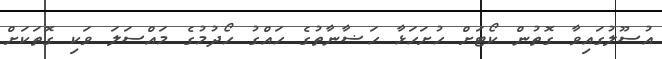
އުސޫލުގައިވާ ގޮތުން ކޯޓަށް ހުށަހަޅާ ހަޟާނާތުގެ ހައްގު ހޯދުމުގެ މައްސަލަ ވަކި ގޮތަކަށް